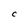
Character: C